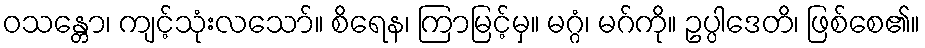
ဝသန္တော၊ ကျင့်သုံးလသော်။ စိရေန၊ ကြာမြင့်မှ။ မဂ္ဂံ၊ မဂ်ကို။ ဥပ္ပါဒေတိ၊ ဖြစ်စေ၏။